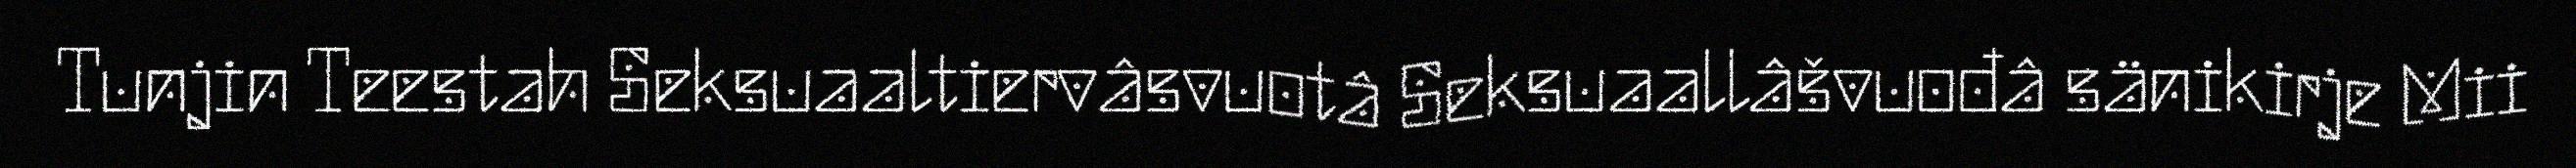
Tunjin Teestah Seksuaaltiervâsvuotâ Seksuaallâšvuođâ sänikirje Mii